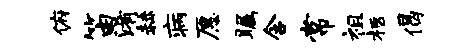
俯笛淆赫病愿瞩含常祖柩偈